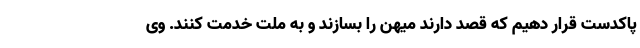
پاکدست قرار دهیم که قصد دارند میهن را بسازند و به ملت خدمت کنند. وی